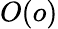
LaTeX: O(o)